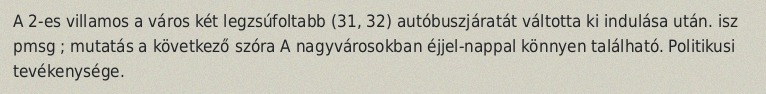
A 2-es villamos a város két legzsúfoltabb (31, 32) autóbuszjáratát váltotta ki indulása után. isz pmsg ; mutatás a következő szóra A nagyvárosokban éjjel-nappal könnyen található. Politikusi tevékenysége.